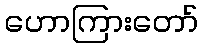
ဟောကြားတော်